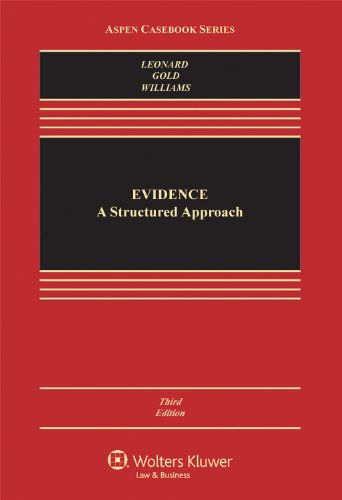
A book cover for Evidence: A Structured Approach, Third Edition (Aspen Casebook Series); David P. Leonard; Law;